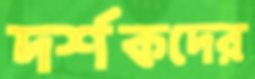
দর্শকদের